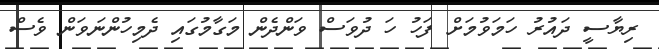
ރިޔާސީ ދައުރު ހަމަވުމަށް ފަހު ހަ ދުވަސް ވަންދެން މަގާމުގައި ދެމިހުންނަވަން ވެސް